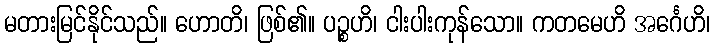
မတားမြင်နိုင်သည်။ ဟောတိ၊ ဖြစ်၏။ ပဉ္စဟိ၊ ငါးပါးကုန်သော။ ကတမေဟိ အင်္ဂေဟိ၊